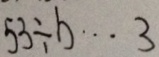
5 3 \div b \cdots 3